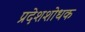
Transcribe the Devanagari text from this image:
प्रदेशशोधक